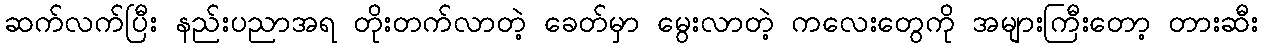
ဆက်လက်ပြီး နည်းပညာအရ တိုးတက်လာတဲ့ ခေတ်မှာ မွေးလာတဲ့ ကလေးတွေကို အများကြီးတော့ တားဆီး